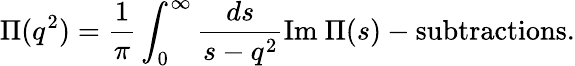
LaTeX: \Pi(q^{2})=\frac 1\pi\int_{0}^{\infty}\frac{ds}{s-q^{2}}\mathrm{Im}~\Pi(s)-\mathrm{subtractions}.